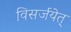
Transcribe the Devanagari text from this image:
विसर्जयेत्